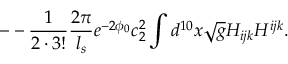
- - \frac { 1 } { 2 \cdot 3 ! } \frac { 2 \pi } { l _ { s } } e ^ { - 2 \phi _ { 0 } } c _ { 2 } ^ { 2 } \int d ^ { 1 0 } x \sqrt { g } H _ { i j k } H ^ { i j k } .